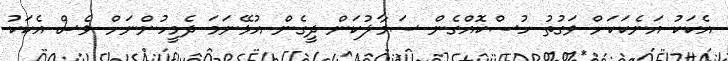
އެކަކު އަނެކަކަށް ވަގުތު ހުސްކޮއްގެން ސަމާލުކަން ދީގެން އުޅޭނަމަ ދެމީހުންނަށް ވެސް އެކަކު